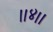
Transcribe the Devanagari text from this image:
।।४।।